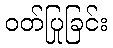
ဝတ်ပြုခြင်း